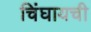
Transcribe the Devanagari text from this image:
चिंघायची